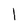
Character: l